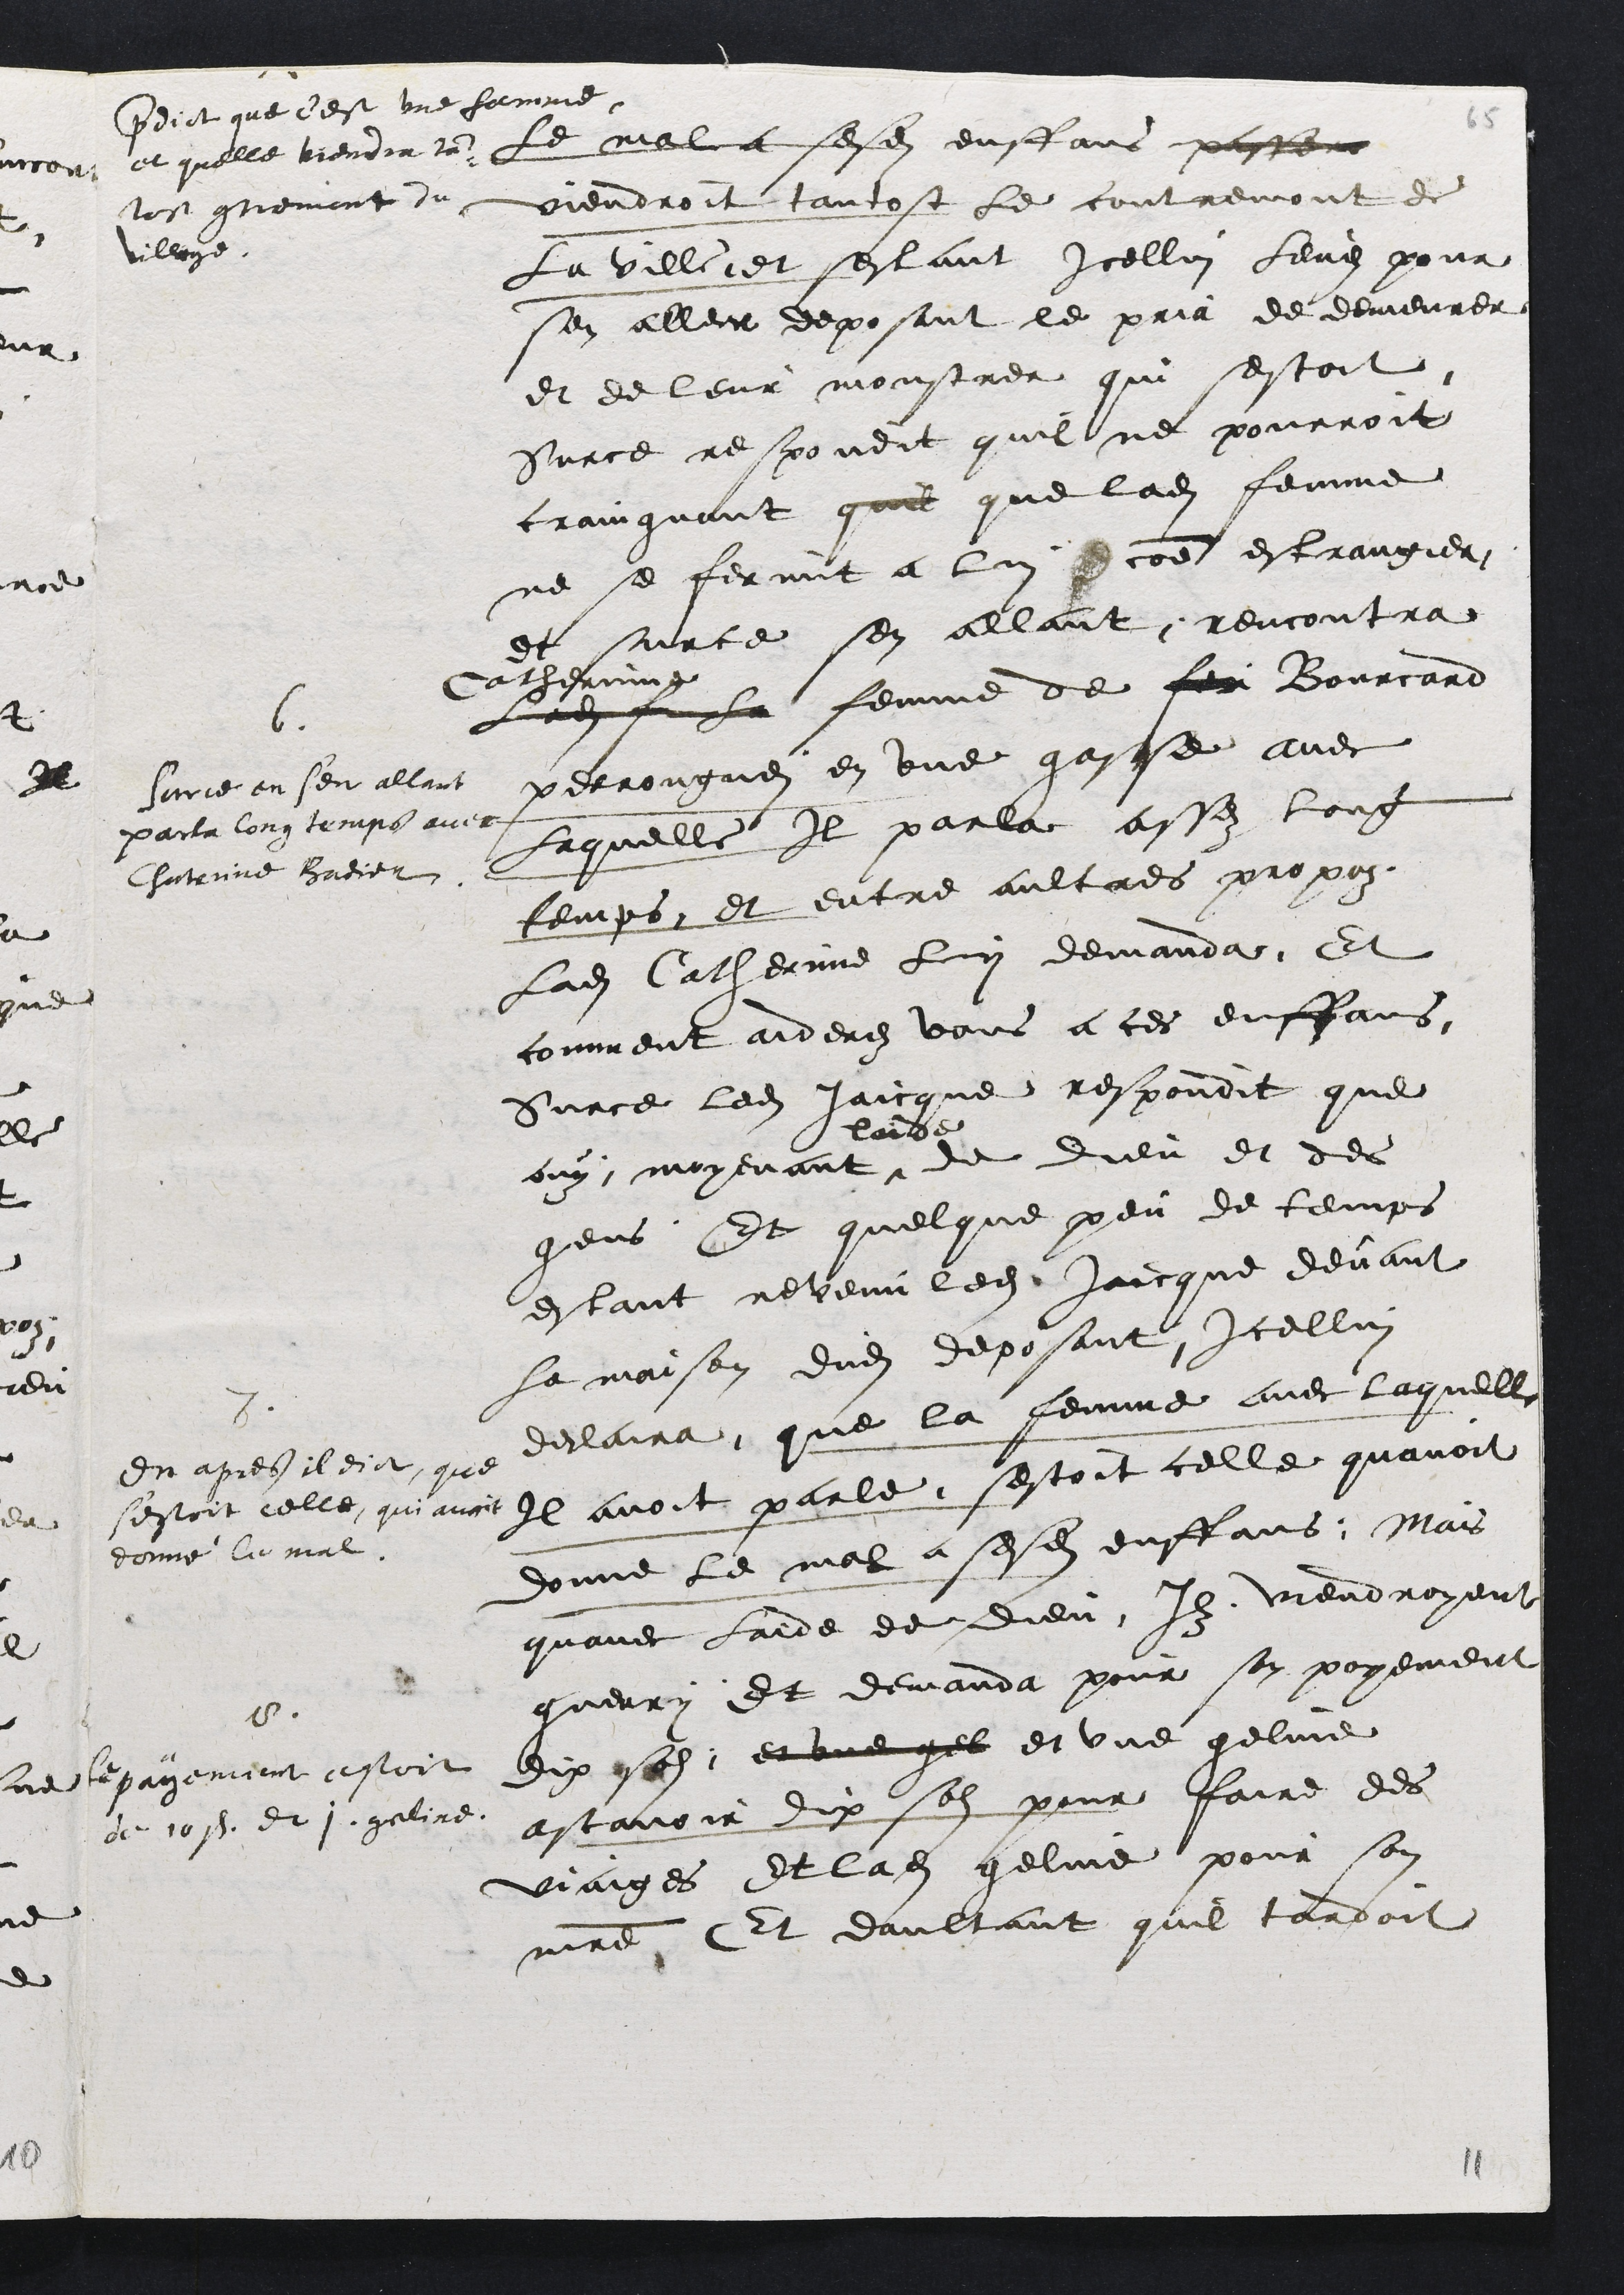
5
predit que c'est une femme
et quelle viendra tan-
tost contremont du
village
le mal a sesdits enffans passera
viendroit tantost le contremont de
La Ville et sestant Icellui leve pour
sen aller deposant le pria de demeurer
et de leur monstrer qui sestoit
Surce respondit quil ne pourroit
craingnant quil que ladite femme
ne se fermit a lui comme estrangier
6
Sur ce en s'en allant
parla long temps avec
Chaterine Badier
et surce sen allant rencontra
Catherine
Ladite fe la femme de feu Bourcard
perrongarei en une gasse avec
Laquelle Il parla assez long
temps et entre aultres propoz
ladite Catherine lui demanda Et
comment aiderez vous a ces enffans
Surce ledit Jaicque respondit que
ouy, moyenant
laide
de dieu et des
gens
7
En apres il dict que
sestoit celle qui avoit
donne le mal
Et quelque peu de temps
estant revenu ledit Jaicque devant
la maison dudit deposant Icellui
declaira que la femme avec laquelle
Il avoit parle sestoit celle quavoit
donne le mal a sesdits enffans, Mais
quavec laide de dieu Ilz viendroyent
guerri
8
le payement estoit
de 10 s. et 1 geline
Et demanda pour son payement
dix solz et une gel et une geline
ascavoir dix solz pour faire des
viaiges Et ladite geline pour son
maitre Et daultant quil tardoit

11